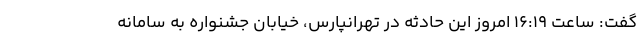
گفت: ساعت ١۶:١٩ امروز این حادثه در تهرانپارس، خیابان جشنواره به سامانه